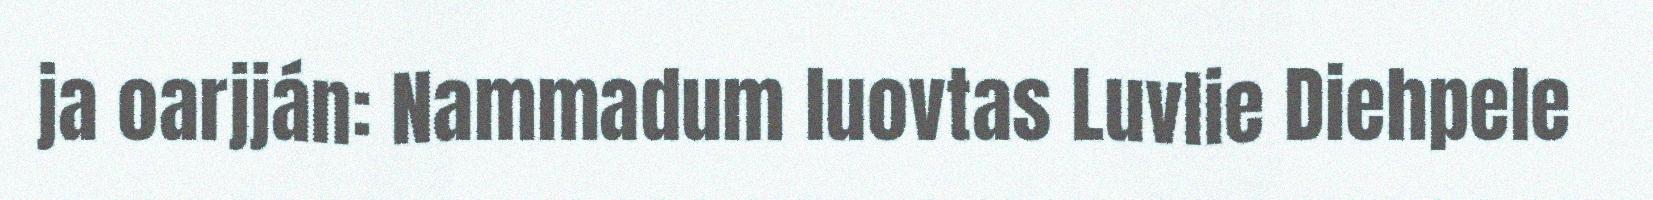
ja oarjján: Nammadum luovtas Luvlie Diehpele